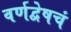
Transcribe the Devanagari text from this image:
वर्णद्वेषचं